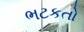
ભટકતો